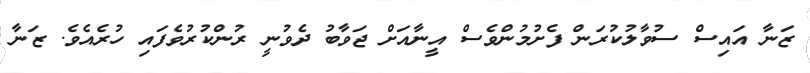
ޒަނާ އައިސް ސުވާލުކުރަން ފެށުމުންވެސް އީނާއަށް ޖަވާބު ދެވުނީ ރުންކުރުވެފައި ހުރެއެވެ. ޒަނާ